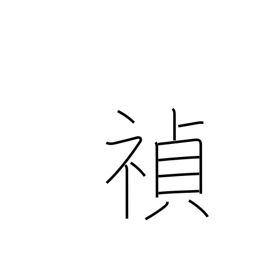
Meaning: good fortune